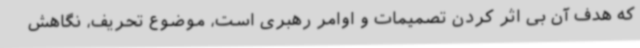
که هدف آن بی اثر کردن تصمیمات و اوامر رهبری است، موضوع تحریف، نگاهش